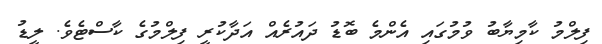
ފިލްމު ކާމިޔާބު ވުމުގައި އެންމެ ބޮޑު ދައުރެއް އަދާކުރީ ފިލްމުގެ ކާސްޓެވެ. ލީޑު